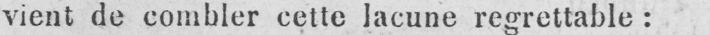
vient de combler cette lacune regrettable: